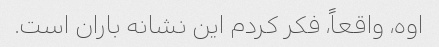
اوه، واقعاً، فکر کردم این نشانه باران است.